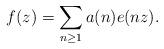
LaTeX: \begin{align*} f(z) = \sum_{n \geq 1} a(n) e(nz).\end{align*}